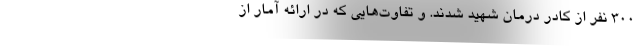
‌300 نفر از کادر درمان شهید شدند. و تفاوت‌هایی که در ارائه آمار از